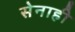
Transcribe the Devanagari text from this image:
सेनाही